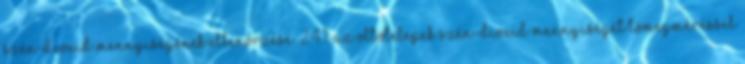
szén-dioxid mennyiségének ellenõrzése. 2.4.1. Az oltótelepek szén-dioxid mennyiségét tömegméréssel